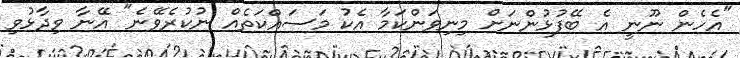
"އެހެން ނޫނީ އެ ބޭފުޅުންނަށް މިނިވަންކަމާ އެކު މަސައްކަތެއް ނުކުރެވޭނެ" އޭނާ ވިދާޅުވި